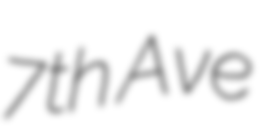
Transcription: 7th Ave